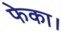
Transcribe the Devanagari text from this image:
फेका।